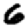
Digit: 6